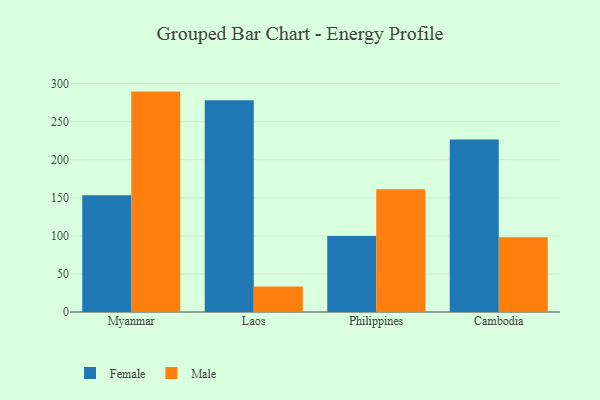
{"axis": {"x": "Country", "y": "Market Share (%)"}, "legend": ["Female", "Male"], "data": [{"x": "Myanmar", "y": 153.3, "type": "Female"}, {"x": "Myanmar", "y": 289.5, "type": "Male"}, {"x": "Laos", "y": 278.0, "type": "Female"}, {"x": "Laos", "y": 33.4, "type": "Male"}, {"x": "Philippines", "y": 99.9, "type": "Female"}, {"x": "Philippines", "y": 161.1, "type": "Male"}, {"x": "Cambodia", "y": 226.6, "type": "Female"}, {"x": "Cambodia", "y": 98.3, "type": "Male"}]}